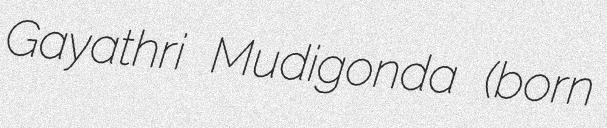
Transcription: Gayathri Mudigonda (born